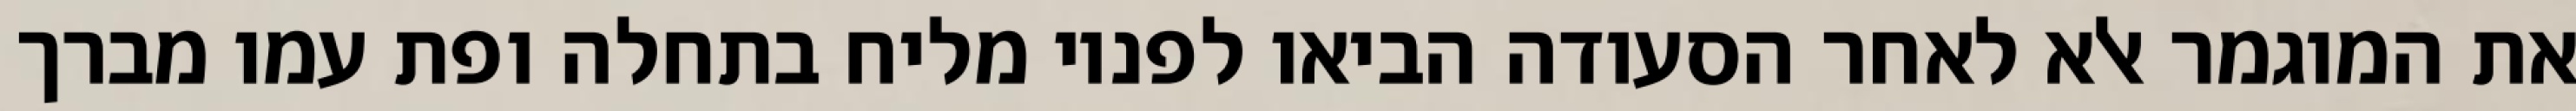
את המוגמר אלא לאחר הסעודה הביאו לפניו מליח בתחלה ופת עמו מברך